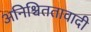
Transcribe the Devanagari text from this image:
अनिश्चिततावादी